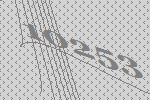
10253